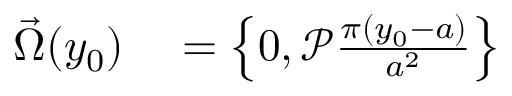
\begin{array} { r l } { \vec { \Omega } ( y _ { 0 } ) } & { { } = \left\{ 0 , \mathcal { P } \frac { \pi ( y _ { 0 } - a ) } { a ^ { 2 } } \right\} } \end{array}